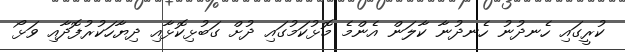
ކުރީގައި ހެނދުނު ހެނދުނާ ކާލަން އެންމެ މޮޅުކަމުގައި ދުށް ގަބުޅިކޮޅާއި ދިޔާހަކުރުފޮދާއި ވަޅޯ